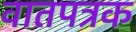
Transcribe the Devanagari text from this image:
वातपत्रक